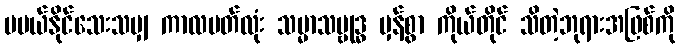
မပယ်နိုင်သေးသမျှ ကာလပတ်လုံး သမ္မာသမ္ဗုဒ္ဓ မှန်စွာ ကိုယ်တိုင် သိတဲ့ဘုရားအဖြစ်ကို